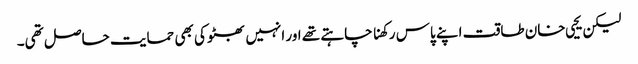
لیکن یحیی خان طاقت اپنے پاس رکھنا چاہتے تھے اور انہیں بھٹو کی بھی حمایت حاصل تھی۔